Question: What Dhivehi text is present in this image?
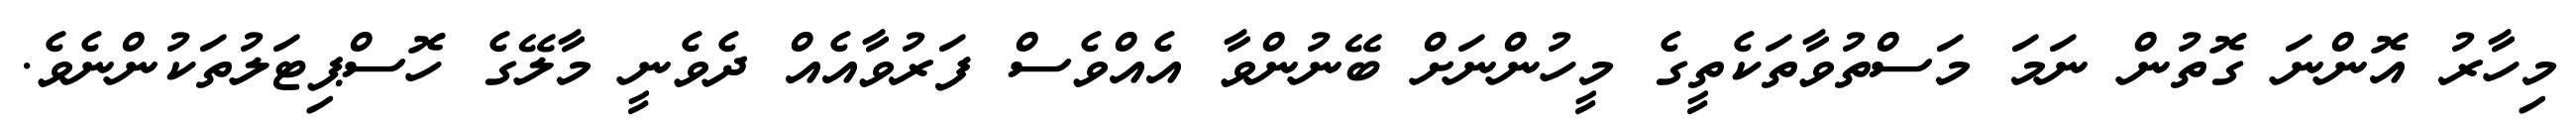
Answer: މިހާރު އޮންނަ ގޮތުން ނަމަ މަސްތުވާތަކެތީގެ މީހުންނަށް ބޭނުންވާ އެއްވެސް ފަރުވާއެއް ދެވެނީ މާލޭގެ ހޮސްޕިޓަލުތަކުންނެވެ.